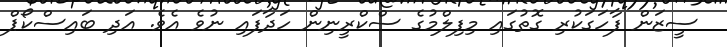
ސީޒަން ފާހަގަކުރި ގޮތުގައި މިފިލްމުގެ ސްކްރީނިން ހަދާފައި ނުވެ އެވެ. އަދި ބައިސްކޯޕް